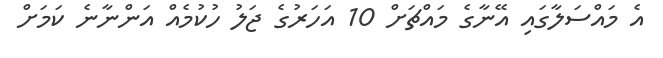
އެ މައްސަލާގައި އޭނާގެ މައްޗަށް 10 އަހަރުގެ ޖަލު ހުކުމެއް އަންނާނެ ކަމަށް